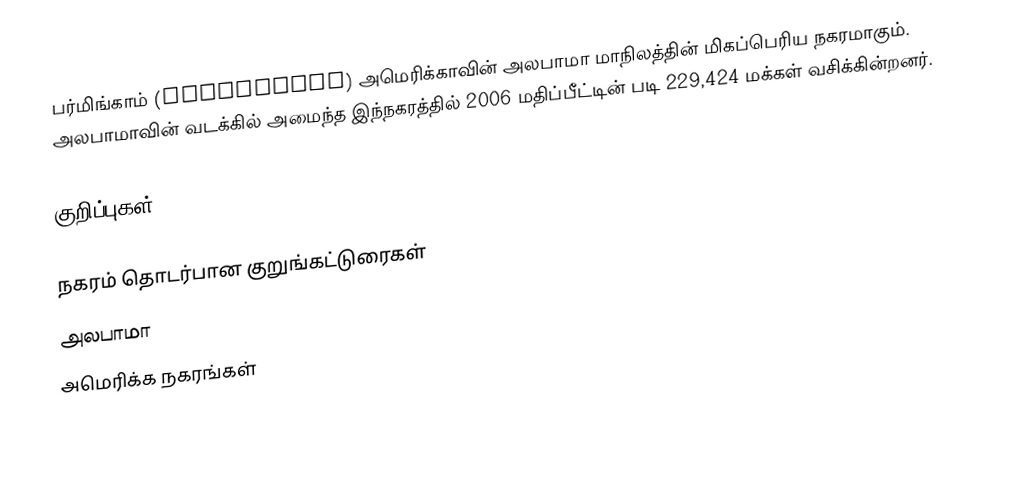
பர்மிங்காம் (Birmingham) அமெரிக்காவின் அலபாமா மாநிலத்தின் மிகப்பெரிய நகரமாகும். அலபாமாவின் வடக்கில் அமைந்த இந்நகரத்தில் 2006 மதிப்பீட்டின் படி 229,424 மக்கள் வசிக்கின்றனர்.

குறிப்புகள்

நகரம் தொடர்பான குறுங்கட்டுரைகள்
அலபாமா
அமெரிக்க நகரங்கள்